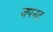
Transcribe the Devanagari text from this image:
जपनद